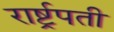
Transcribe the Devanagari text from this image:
रार्ष्ट्रपती